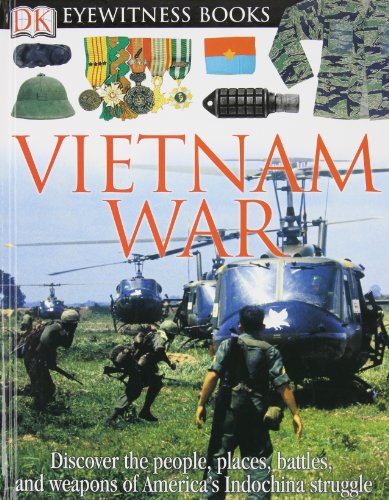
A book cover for DK Eyewitness Books: Vietnam War; DK Publishing; Children's Books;